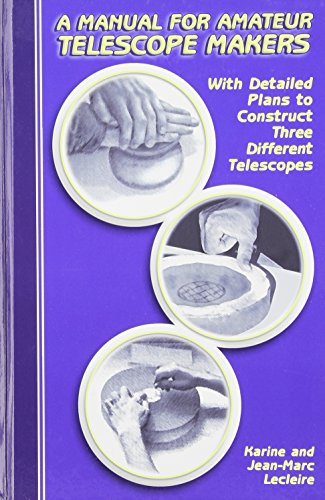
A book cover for A Manual for Amateur Telescope Makers: With Detailed Plans to Construct Three Different Telescopes; Karine Lecleire; Science & Math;